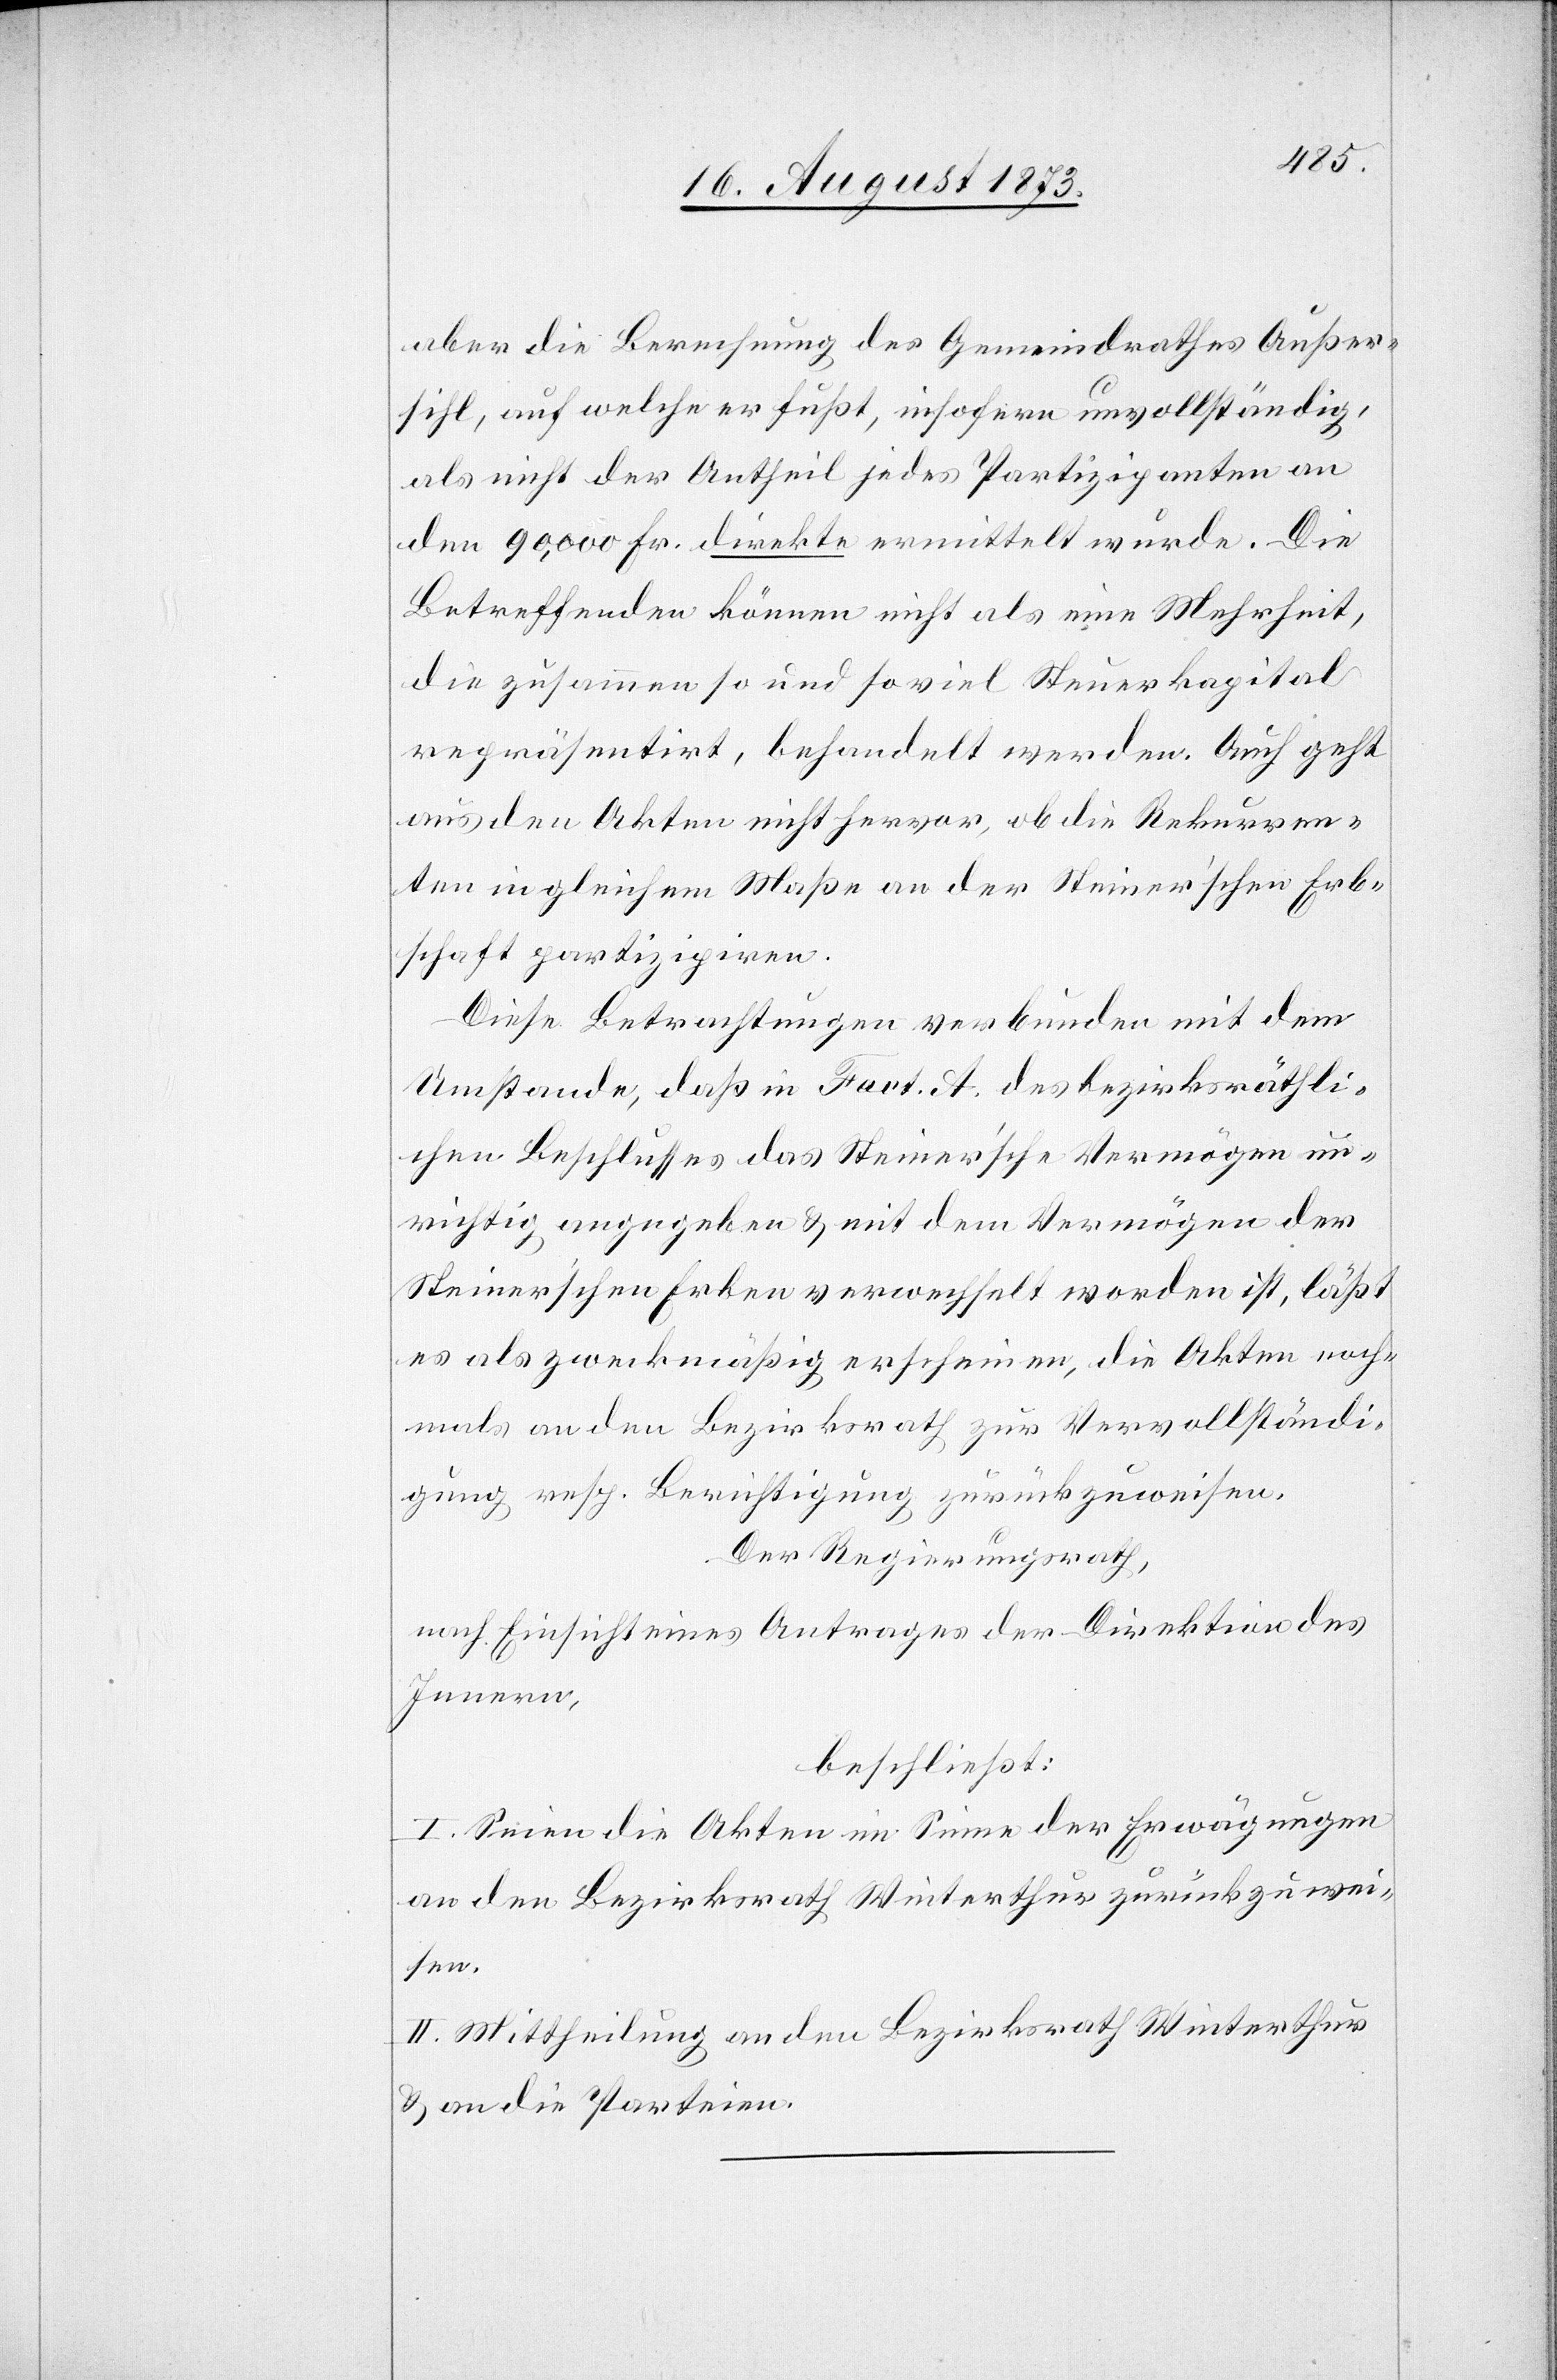
aber die Berechnung des Gemeindrathes Außer¬
sihl, auf welche er fußt, insofern unvollständig,
als nicht der Antheil jedes Partizipanten an
den 90,000 Fr. direkte ermittelt wurde. Die
Betreffenden können nicht als eine Mehrheit,
die zusammen so und so viel Steuerkapital
repräsentirt, behandelt werden. Auch geht
aus den Akten nicht hervor, ob die Rekurren¬
ten in gleichem Maße an der Steiner’schen Erb¬
schaft partizipiren.
Diese Betrachtungen verbunden mit dem
Umstande, daß in Fact. A. des bezirksräthli¬
chen Beschlusses das Steiner’sche Vermögen un¬
richtig angegeben & mit dem Vermögen der
Steiner’schen Erben verwechselt worden ist, läßt
es als zweckmäßig erscheinen, die Akten noch¬
mals an den Bezirksrath zur Vervollständi¬
gung resp. Berichtigung zurückzuweisen.
Der Regierungsrath,
nach Einsicht eines Antrages der Direktion des
Innern,
beschließt:
I. Seien die Akten im Sinne der Erwägungen
an den Bezirksrath Winterthur zurück zu wei¬
sen.
II. Mittheilung an den Bezirksrath Winterthur
& an die Parteien.